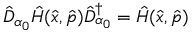
\hat { D } _ { \alpha _ { 0 } } \hat { H } ( \hat { x } , \hat { p } ) \hat { D } _ { \alpha _ { 0 } } ^ { \dagger } = \hat { H } ( \hat { x } , \hat { p } )